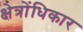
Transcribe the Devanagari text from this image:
क्षेत्रोंधिकार